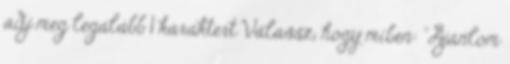
adj meg legalább 1 karaktert Válassz, hogy miben: "Ajánlom